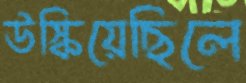
উস্‌কিয়েছিলে